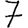
Digit: 7